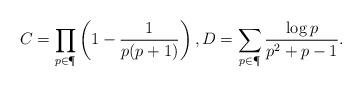
LaTeX: \begin{align*} C=\prod_{p\in \P} \left(1-\frac1{p(p+1)} \right), D=\sum_{p\in\P} \frac{\log p}{p^2+p-1}.\end{align*}